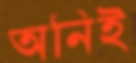
অনিই